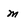
Character: m